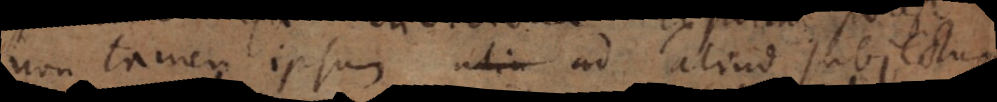
non tamen ipsum alia ad aliud subjectum